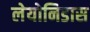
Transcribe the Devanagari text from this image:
लेयोनिडास